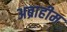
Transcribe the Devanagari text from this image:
अब्राहीम